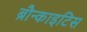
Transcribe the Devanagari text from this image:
ब्रौन्काइटिस